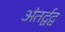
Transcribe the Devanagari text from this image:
अंतर्द्वद्व